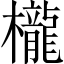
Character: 櫳